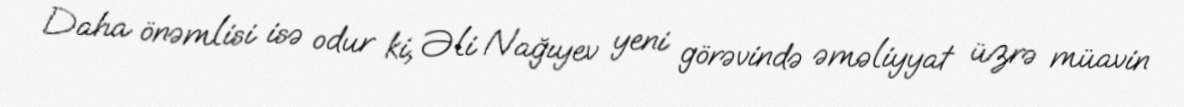
Daha önəmlisi isə odur ki, Əli Nağıyev yeni görəvində əməliyyat üzrə müavin